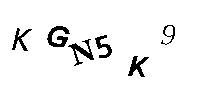
KGN5K9